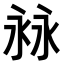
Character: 𣴏